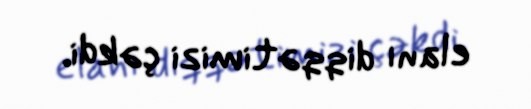
elanı diqqətimizi çəkdi.